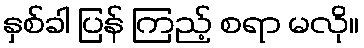
နှစ်ခါ ပြန် ကြည့် စရာ မလို။